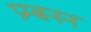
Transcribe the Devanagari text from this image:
प्रम्बनन